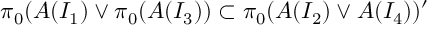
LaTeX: \pi _ { 0 } ( { \cal A } ( I _ { 1 } ) \vee \pi _ { 0 } ( { \cal A } ( I _ { 3 } ) ) \subset \pi _ { 0 } ( { \cal A } ( I _ { 2 } ) \vee { \cal A } ( I _ { 4 } ) ) ^ { \prime }